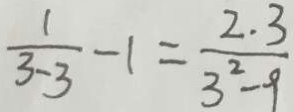
\frac { 1 } { 3 - 3 } - 1 = \frac { 2 \cdot 3 } { 3 ^ { 2 } - 9 }